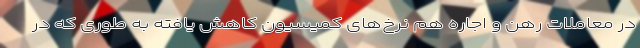
در معاملات رهن و اجاره هم نرخ‌های کمیسیون کاهش یافته به طوری که در